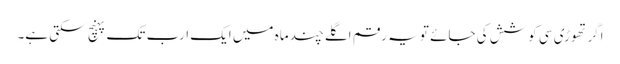
اگر تھوڑی سی کوشش کی جائے تو یہ رقم اگلے چند ماہ میں ایک ارب تک پہنچ سکتی ہے۔